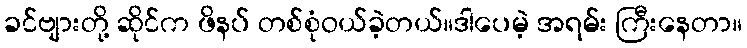
ခင်ဗျားတို့ ဆိုင်က ဖိနပ် တစ်စုံဝယ်ခဲ့တယ်။ဒါပေမဲ့ အရမ်း ကြီးနေတာ။